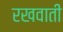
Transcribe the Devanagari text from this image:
रखवाती